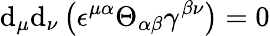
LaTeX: \mathrm{d}_{\mu}\mathrm{d}_{\nu}\left(\epsilon^{\mu\alpha}\Theta_{\alpha\beta}\gamma^{\beta\nu}\right)=0